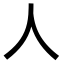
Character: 人